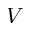
V